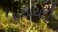
ઇલાયદી